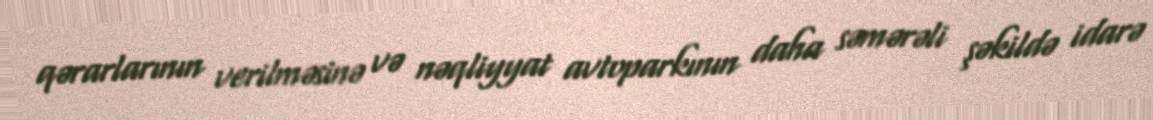
qərarlarının verilməsinə və nəqliyyat avtoparkının daha səmərəli şəkildə idarə